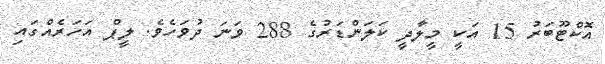
އޮކްޓޫބަރު 15 އަކީ މީލާދީ ކަލަންޑަރުގެ 288 ވަނަ ދުވަހެވެ. ލީޕް އަހަރެއްގައި